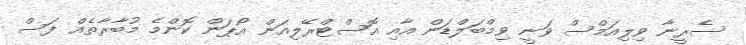
ސެރީނާ ވިލިއަމްސް ވަނީ ވިމްބަލްޑަން އާއި އޮސްޓްރޭލިއަން އޯޕަން ކޮންމެ މުބާރާތެއް ފަސް